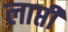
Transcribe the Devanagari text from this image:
लाप्ती